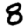
Digit: 8